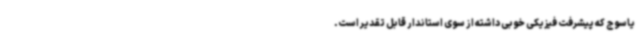
یاسوج که پیشرفت فیزیکی خوبی داشته از سوی استاندار قابل تقدیر است.